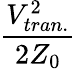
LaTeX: \frac{V_{tran.}^{2}}{2Z_{0}}